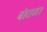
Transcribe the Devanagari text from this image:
बोराळा